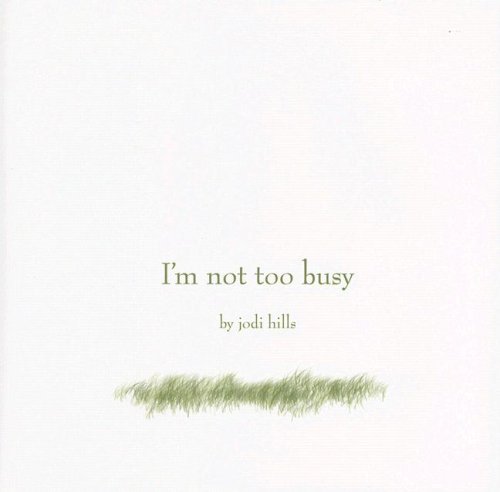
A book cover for I'm Not Too Busy; Jodi Hills; Self-Help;